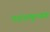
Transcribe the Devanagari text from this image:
पदांशमूल्यक